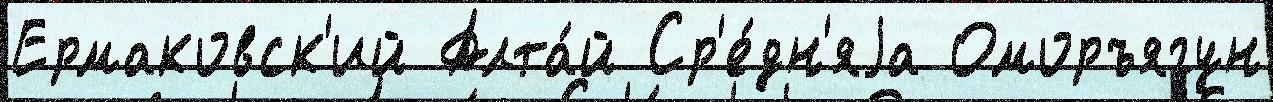
Ермаковск'ий Алта́й Ср'е́дн'яjа Оморъягун